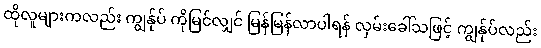
ထိုလူများကလည်း ကျွန်ုပ် ကိုမြင်လျှင် မြန်မြန်လာပါရန် လှမ်းခေါ်သဖြင့် ကျွန်ုပ်လည်း